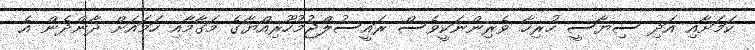
ކަމަށާއި އަދި ސިޔާސީ ހުރިހާ ވެރިންނަކީވެސް ރައީސުލްޖުމުހޫރިއްޔާގެ މަގާމާއި ހަމައަށް ދާންދެން އެ